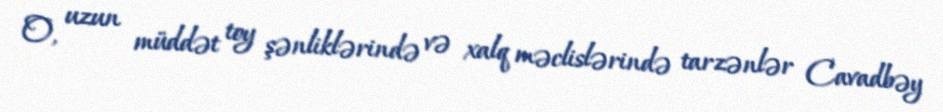
O, uzun müddət toy şənliklərində və xalq məclislərində tarzənlər Cavadbəy